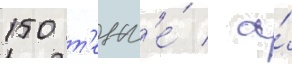
150 т'енг'е́ / а́